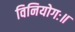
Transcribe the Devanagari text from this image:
विनियोगः॥